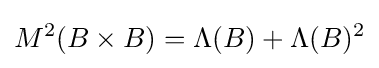
M^{2}(B\times B)=\Lambda (B)+\Lambda (B)^{2}